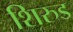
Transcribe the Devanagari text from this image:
शिरुड